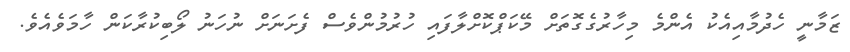
ޒަމާނީ ހެދުމާއިއެކު އެންމެ މިހާރުގެގޮތަށް މޭކަޕްކޮށްލާފައި ހުރުމުންވެސް ފެށަނަށް ނުހަނު ލޯބިކުރާކަން ހާމަވެއެވެ.